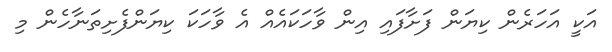
އަކީ އަހަރެން ކިޔަން ފަށާފައި އިން ވާހަކައެއް އެ ވާހަކަ ކިޔަންފެށިތަނާހެން މި